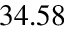
3 4 . 5 8